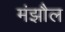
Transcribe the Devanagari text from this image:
मंझौल